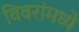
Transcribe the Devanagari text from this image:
विवरांमध्ये